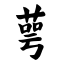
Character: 萼